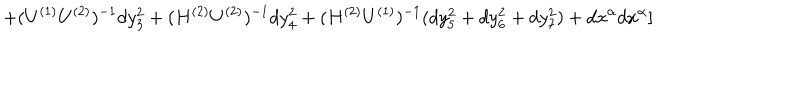
+ ( U ^ { ( 1 ) } U ^ { ( 2 ) } ) ^ { - 1 } d y _ { 3 } ^ { 2 } + ( H ^ { ( 2 ) } U ^ { ( 2 ) } ) ^ { - 1 } d y _ { 4 } ^ { 2 } + ( H ^ { ( 2 ) } U ^ { ( 1 ) } ) ^ { - 1 } ( d y _ { 5 } ^ { 2 } + d y _ { 6 } ^ { 2 } + d y _ { 7 } ^ { 2 } ) + d x ^ { \alpha } d x ^ { \alpha } ]